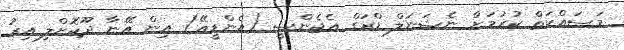
މަސައްކަތް ކުރުމަށް ނެޝަނަލް ޑްރަގް އެޖެންސީ (އެންޑީއޭ) އިން އޭނާ ދޫކޮށްލި އިރު